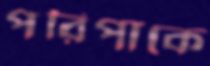
পরিপাকে